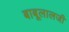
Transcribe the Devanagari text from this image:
बाबूलालजी